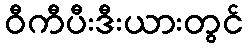
ဝီကီပီးဒီးယားတွင်